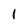
Character: l